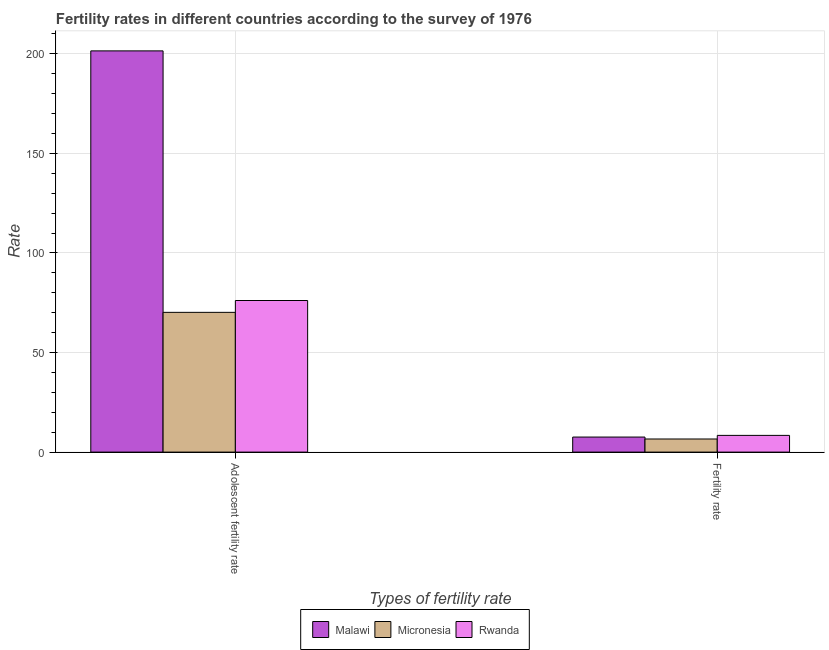
| Types of fertility rate | Malawi | Micronesia | Rwanda |
 | --- | --- | --- | --- |
 | Adolescent fertility rate | 201 | 70.2 | 76.1 |
 | Fertility rate | 7.55 | 6.59 | 8.4 |